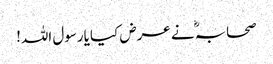
صحابہؓ نے عرض کیا یارسول اللہ!